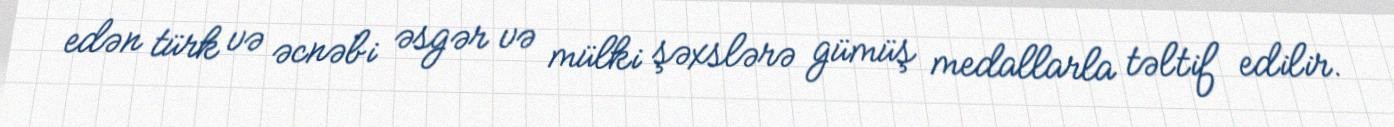
edən türk və əcnəbi əsgər və mülki şəxslərə gümüş medallarla təltif edilir.